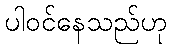
ပါဝင်နေသည်ဟု